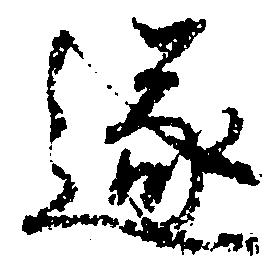
遂